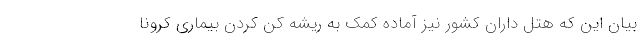
بیان این که هتل داران کشور نیز آماده کمک به ریشه کن کردن بیماری کرونا